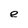
Character: e